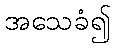
အသေခံ၍